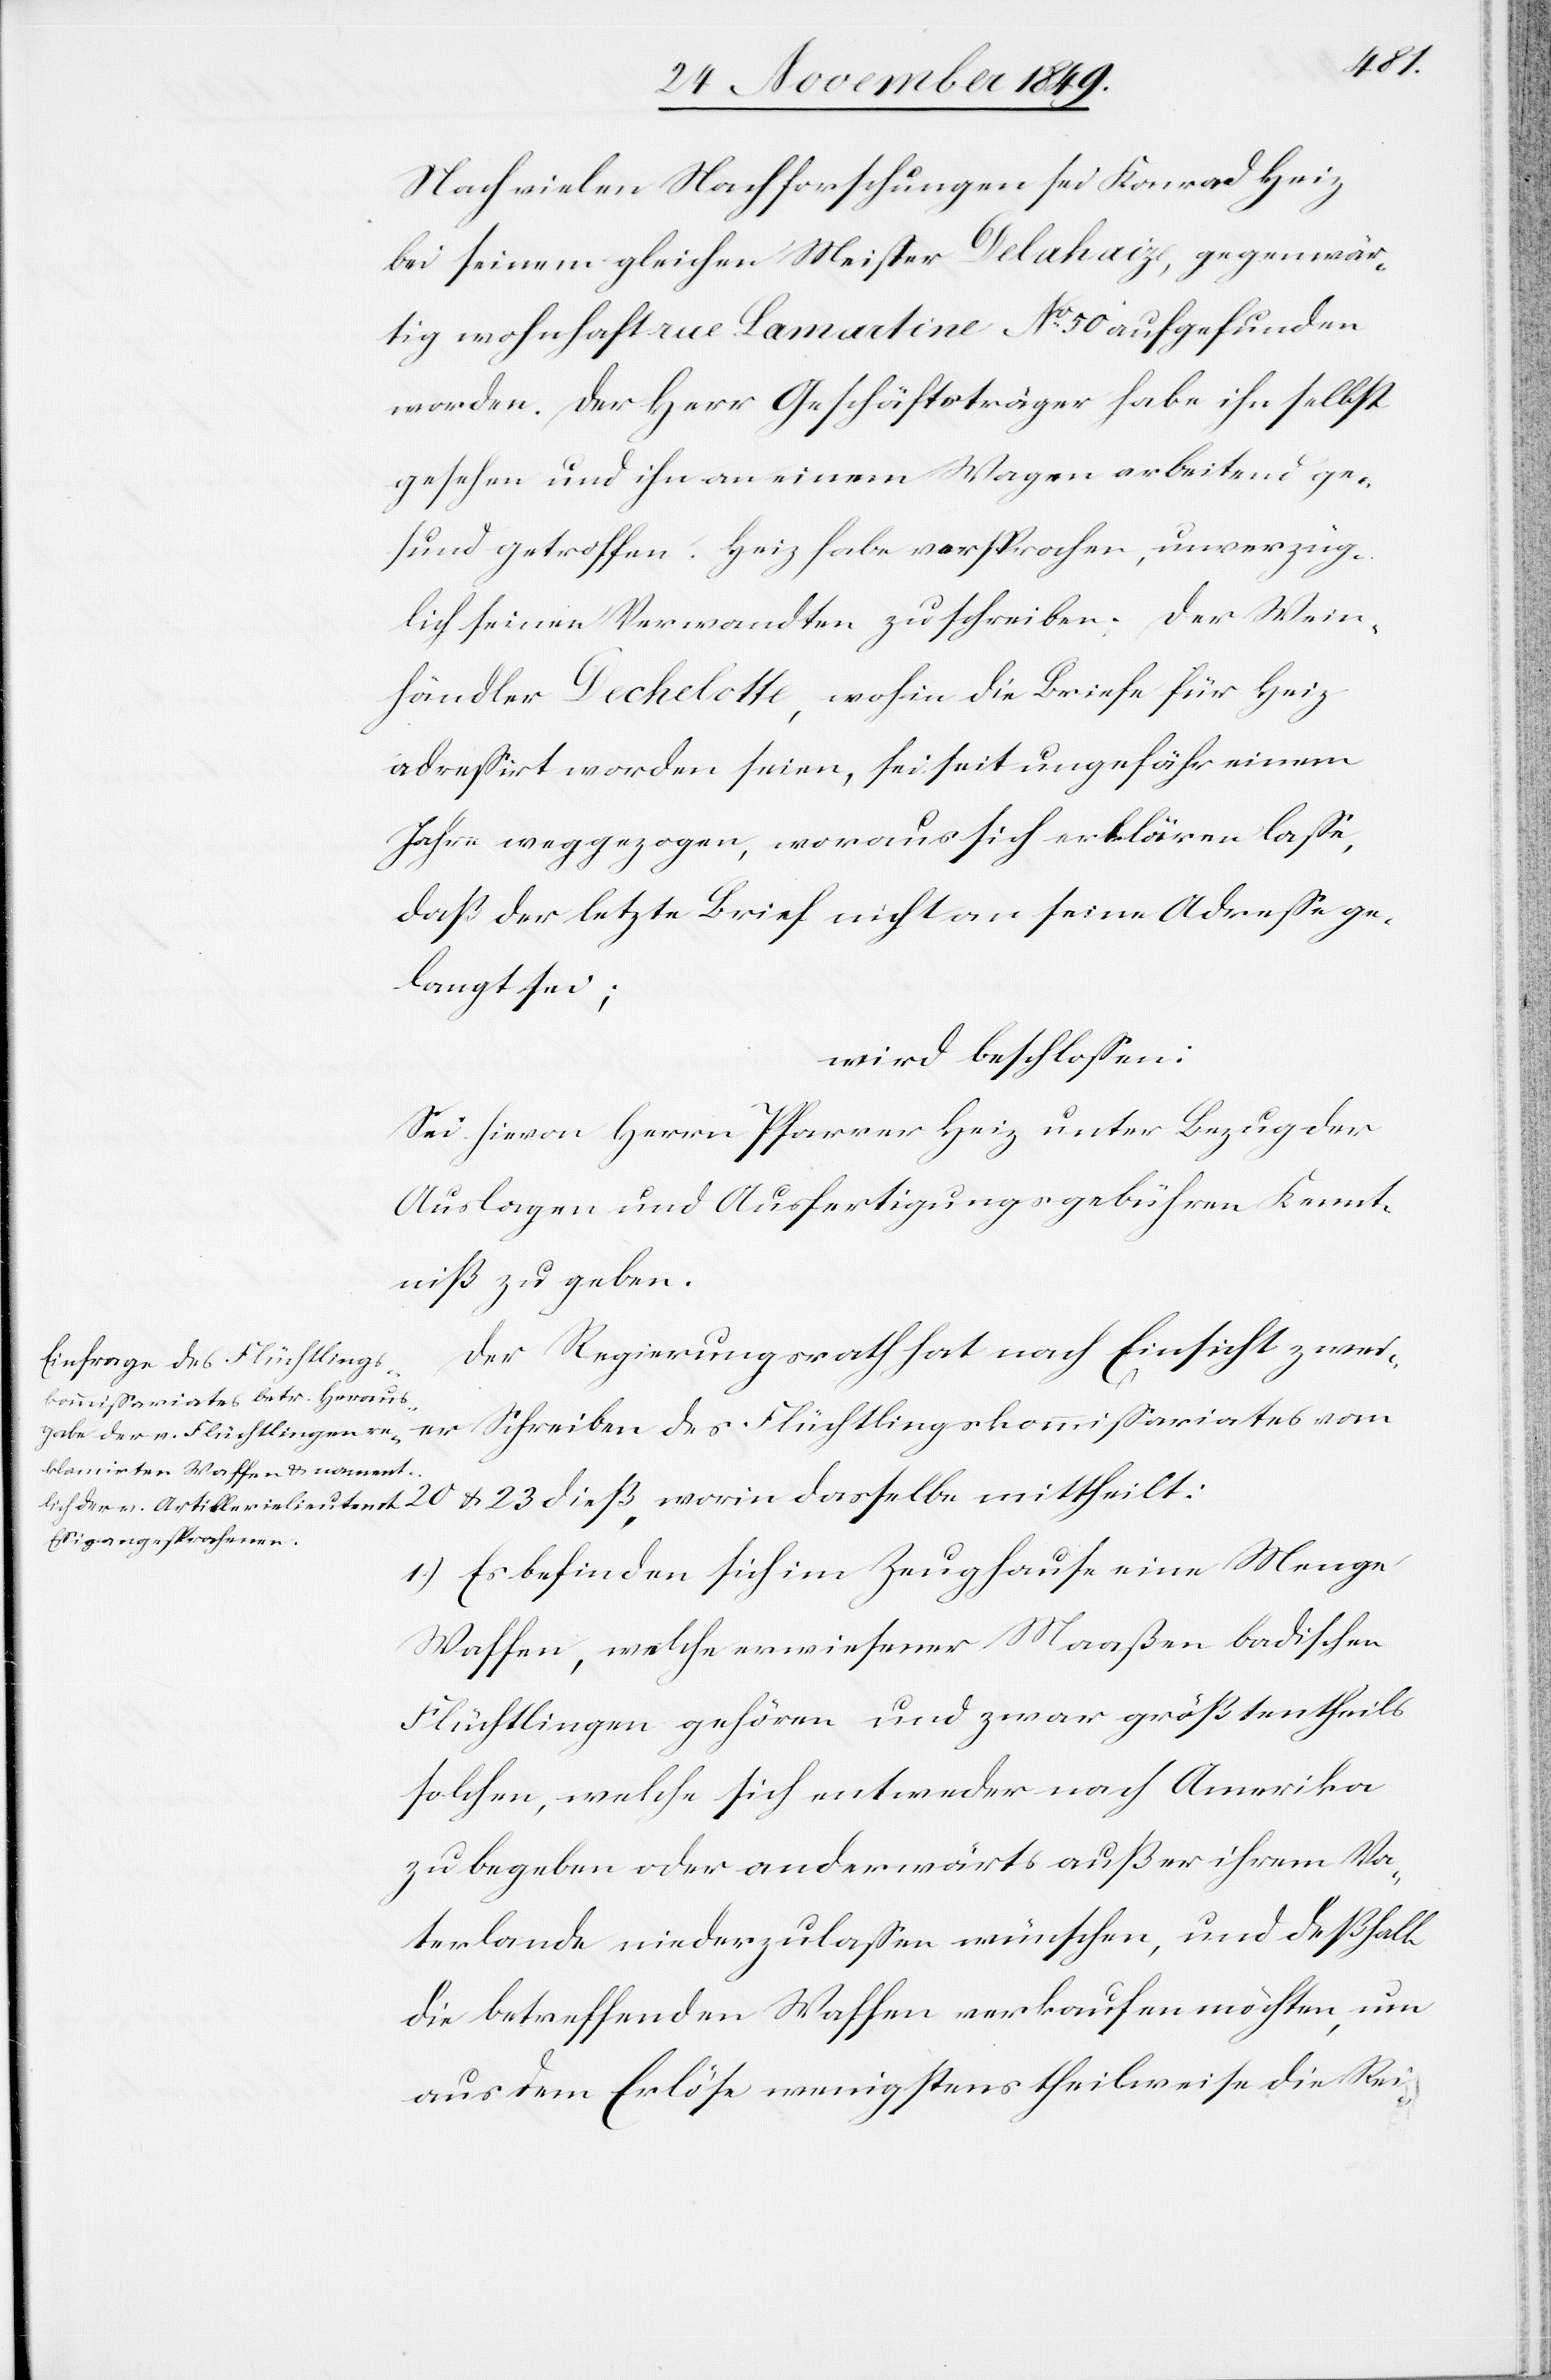
20
Nach vielen Nachforschungen sei Konrad Heiz
bei seinem gleichen Meister Delahaize, gegenwär¬
tig wohnhaft rue Lamartine N° 50 aufgefunden
worden. Der Herr Geschäftsträger habe ihn selbst
gesehen und ihn an einem Wagen arbeitend ge¬
sund getroffen. Heiz habe versprochen, unverzüg¬
lich seinen Verwandten zu schreiben. Der Wein¬
händler Dechelotte, wohin die Briefe für Heiz
adreßirt worden seien, sei seit ungefähr einem
Jahre weggezogen, woraus sich erklären läße,
daß der letzte Brief nicht an seine Adreße ge¬
langt sei;
wird beschloßen:
Sei hievon Herrn Pfarrer Heiz unter Bezug der
Auslagen und Ausfertigungsgebühren Kennt¬
niß zu geben.
Der Regierungsrath hat nach Einsicht zweier
Schreiben des Flüchtlingskommißariates vom
u. 23 dieß, worin dasselbe mittheilt:
1.) Es befinden sich im Zeughause eine Menge
Waffen, welche erwiesener Maaßen badischen
Flüchtlingen gehören und zwar größtentheils
solchen, welche sich entweder nach Amerika
zu begeben oder anderwärts außer ihrem Va¬
terlande niederzulaßen wünschen, und deßhalb
die betreffenden Waffen verkaufen möchten, um
aus dem Erlöse wenigstens theilweise die Rei-